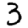
Digit: 3